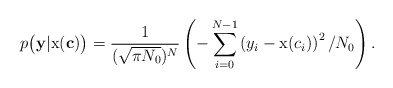
\begin{align*} p\big(\mathbf{y}|\textup{x}(\mathbf{c})\big)= \frac{1}{(\sqrt{\pi N_0})^N} \left(-\sum_{i=0}^{N-1} \left(y_i-\textup{x}(c_i)\right)^2/N_0 \right).\end{align*}